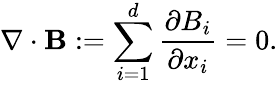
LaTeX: \nabla\cdot\mathbf{B}:=\sum_{i=1}^{d}\frac{\partial B_{i}}{\partial x_{i}}=0.